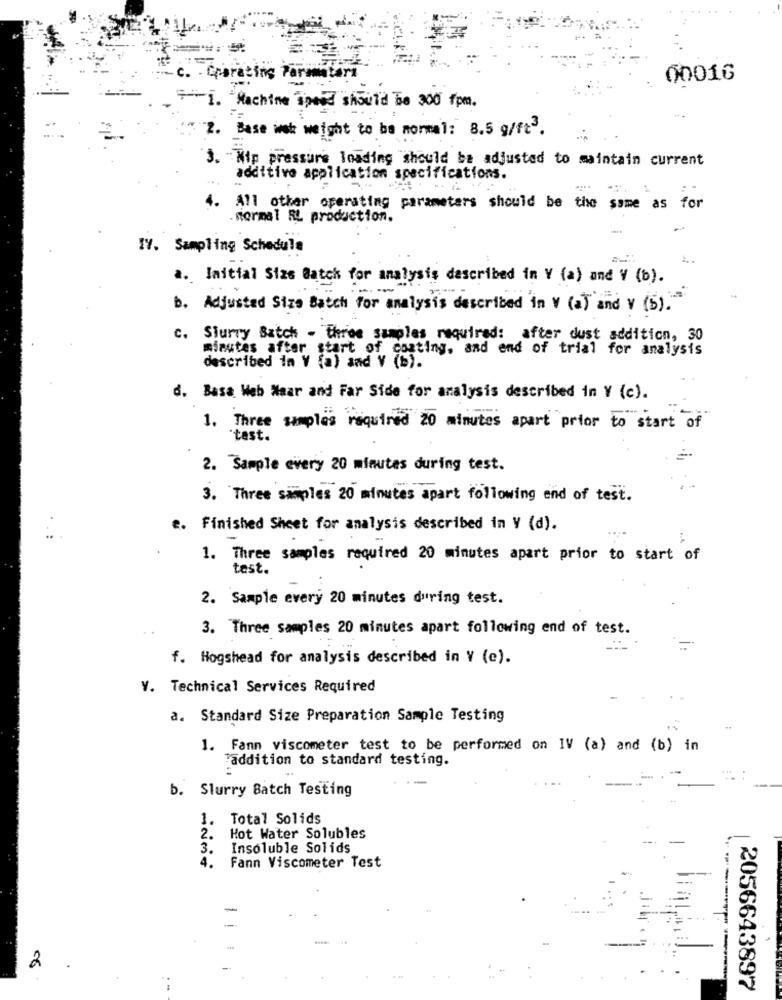
c. 40
Iting Paramatara
00016
"Machine spend should be 300 fpm.
--
2. Base wat weight to be normal: 8.5 g/ft3.
3. "Nip pressure loading should be adjusted to maintain current
additivo application specifications.
4. All other operating parameters should be the same as for
.mormal EL production.
IV. Sampling Schedule
a. Initial Size Batch for analysis described in V (a) and Y (b).
b. Adjusted Size Batch for analysis described in V (a) and V (5)."
c. Sjurry Batch - three samples required: after dust addition, 30
minutes after start of coating, and end of trial for analysis
described in V (a) and V (b).
d. Basa Web Waar and Far Side for analysis described in Y (c).
1. Three simples required 20 minutes apart prior to start of
*test.
2. Sample every 20 minutes during test.
3. Three samples 20 minutes apart following end of test.
e. Finished Sheet for analysis described in V (d).
1. Three samples required 20 minutes apart prior to start of
test.
2. Sample every 20 minutes during test.
3. Three samples 20 minutes apart following end of test.
f. Hogshead for analysis described in Y (e).
V. Technical Services Required
a. Standard Size Preparation Sample Testing
1. Fann viscometer test to be performed on IV (a) and (b) in
"addition to standard testing.
:
b. Slurry Batch Testing
1. Total Solids
2.
Hot Water Solubles
3.
Insoluble Solids
4.
Fann Viscometer Test
-
------
2
..
2056643897